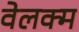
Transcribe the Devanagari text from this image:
वेलक्म